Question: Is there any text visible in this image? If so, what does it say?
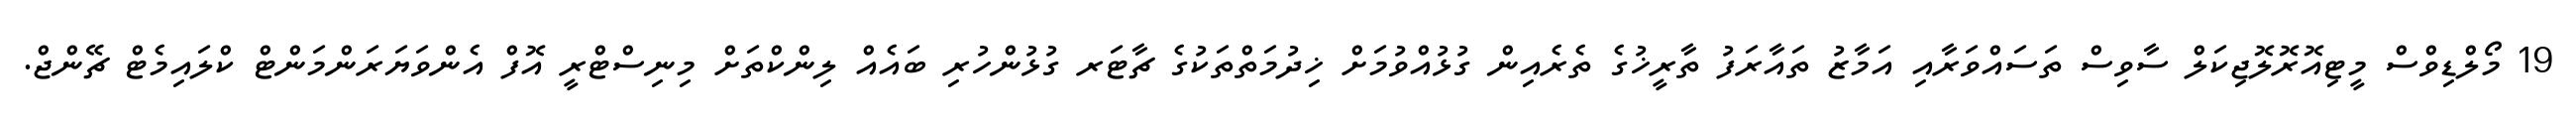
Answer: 19 މޯލްޑިވްސް މީޓިއޮރޮލޮޖިކަލް ސާވިސް ތަސައްވަރާއި އަމާޒު ތައާރަފު ތާރީޚުގެ ތެރެއިން ގުޅުއްވުމަށް ޚިދުމަތްތަކުގެ ޗާޓަރ ގުޅުންހުރި ބައެއް ލިންކްތަށް މިނިސްޓްރީ އޮފް އެންވަޔަރަންމަންޓް ކްލައިމެޓް ޗޭންޖް.